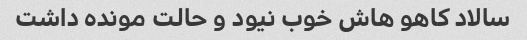
سالاد کاهو هاش خوب نیود و حالت مونده داشت